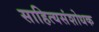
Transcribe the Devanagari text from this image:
साहित्यसंशोधक